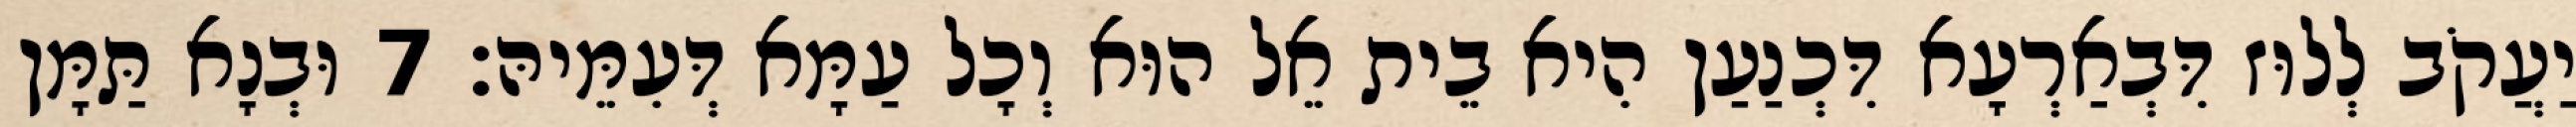
יַעֲקֹב לְלוּז דִּבְאַרְעָא דִּכְנַעַן הִיא בֵית אֵל הוּא וְכָל עַמָּא דְּעִמֵּיהּ׃ 7 וּבְנָא תַּמָּן